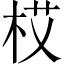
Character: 𱣏